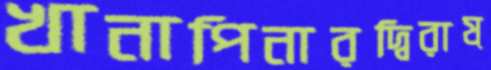
খানাপিনারদ্বিরাষ্